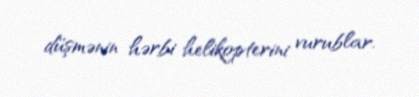
düşmənin hərbi helikopterini vurublar.